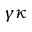
\gamma \kappa